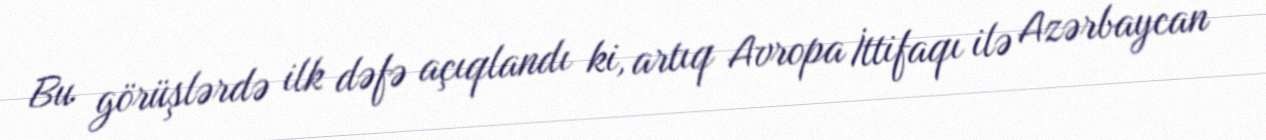
Bu görüşlərdə ilk dəfə açıqlandı ki, artıq Avropa İttifaqı ilə Azərbaycan